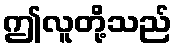
ဤလူတို့သည်